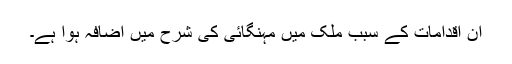
ان اقدامات کے سبب ملک میں مہنگائی کی شرح میں اضافہ ہوا ہے۔